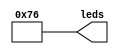
module hexdisp_eq_2(leds);
	output [0:6] leds;
	assign leds = 7'b1110110; 
endmodule